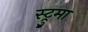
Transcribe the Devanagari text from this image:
स्ट्रुमा